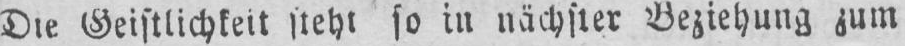
Geistlichkeit steht so in nächster Beziehung zum